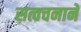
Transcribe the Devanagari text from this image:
सत्वचनाने